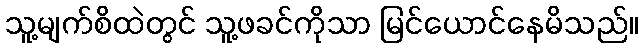
သူ့မျက်စိထဲတွင် သူ့ဖခင်ကိုသာ မြင်ယောင်နေမိသည်။